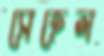
সেহেল